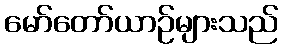
မော်တော်ယာဉ်များသည်